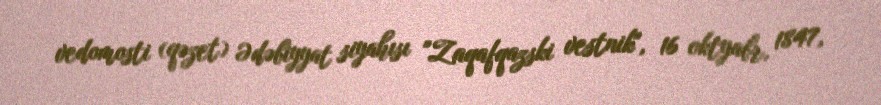
vedomosti (qəzet) Ədəbiyyat siyahısı "Zaqafqazski vestnik", 16 oktyabr, 1847,